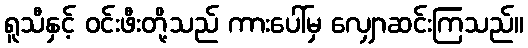
ရူသီနှင့် ဝင်းဖီးတို့သည် ကားပေါ်မှ လျှောဆင်းကြသည်။